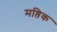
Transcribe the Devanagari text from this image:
मष्तिक